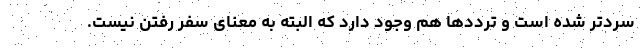
سردتر شده است و ترددها هم وجود دارد که البته به معنای سفر رفتن نیست.